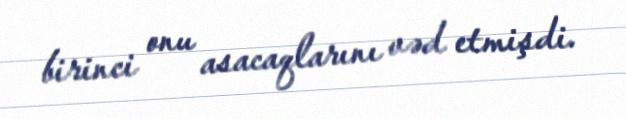
birinci onu asacaqlarını vəd etmişdi.